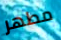
مطهر